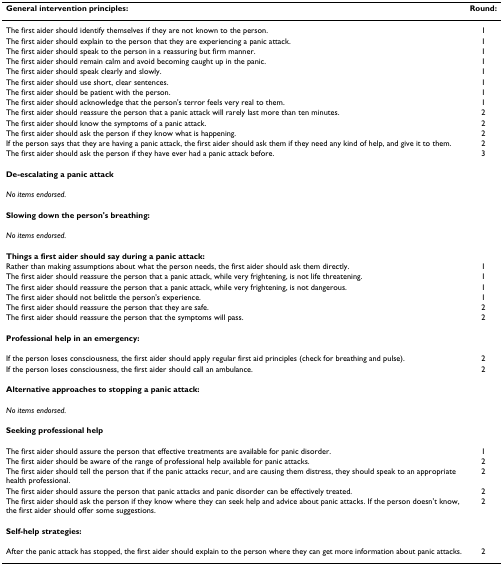
<table><thead><tr><td><b>General intervention principles:</b></td><td><b>Round:</b></td></tr></thead><tbody><tr><td>The first aider should identify themselves if they are not known to the person.</td><td>1</td></tr><tr><td>The first aider should explain to the person that they are experiencing a panic attack.</td><td>1</td></tr><tr><td>The first aider should speak to the person in a reassuring but firm manner.</td><td>1</td></tr><tr><td>The first aider should remain calm and avoid becoming caught up in the panic.</td><td>1</td></tr><tr><td>The first aider should speak clearly and slowly.</td><td>1</td></tr><tr><td>The first aider should use short, clear sentences.</td><td>1</td></tr><tr><td>The first aider should be patient with the person.</td><td>1</td></tr><tr><td>The first aider should acknowledge that the person's terror feels very real to them.</td><td>1</td></tr><tr><td>The first aider should reassure the person that a panic attack will rarely last more than ten minutes.</td><td>2</td></tr><tr><td>The first aider should know the symptoms of a panic attack.</td><td>2</td></tr><tr><td>The first aider should ask the person if they know what is happening.</td><td>2</td></tr><tr><td>If the person says that they are having a panic attack, the first aider should ask them if they need any kind of help, and give it to them.</td><td>2</td></tr><tr><td>The first aider should ask the person if they have ever had a panic attack before.</td><td>3</td></tr><tr><td><b>De-escalating a panic attack</b></td><td>[EMPTY_CELL]</td></tr><tr><td><i>No items endorsed.</i></td><td>[EMPTY_CELL]</td></tr><tr><td><b>Slowing down the person's breathing:</b></td><td>[EMPTY_CELL]</td></tr><tr><td><i>No items endorsed.</i></td><td>[EMPTY_CELL]</td></tr><tr><td><b>Things a first aider should say during a panic attack:</b></td><td>[EMPTY_CELL]</td></tr><tr><td>Rather than making assumptions about what the person needs, the first aider should ask them directly.</td><td>1</td></tr><tr><td>The first aider should reassure the person that a panic attack, while very frightening, is not life threatening.</td><td>1</td></tr><tr><td>The first aider should reassure the person that a panic attack, while very frightening, is not dangerous.</td><td>1</td></tr><tr><td>The first aider should not belittle the person's experience.</td><td>1</td></tr><tr><td>The first aider should reassure the person that they are safe.</td><td>2</td></tr><tr><td>The first aider should reassure the person that the symptoms will pass.</td><td>2</td></tr><tr><td><b>Professional help in an emergency:</b></td><td>[EMPTY_CELL]</td></tr><tr><td>If the person loses consciousness, the first aider should apply regular first aid principles (check for breathing and pulse).</td><td>2</td></tr><tr><td>If the person loses consciousness, the first aider should call an ambulance.</td><td>2</td></tr><tr><td><b>Alternative approaches to stopping a panic attack:</b></td><td>[EMPTY_CELL]</td></tr><tr><td><i>No items endorsed.</i></td><td>[EMPTY_CELL]</td></tr><tr><td><b>Seeking professional help</b></td><td>[EMPTY_CELL]</td></tr><tr><td>The first aider should assure the person that effective treatments are available for panic disorder.</td><td>1</td></tr><tr><td>The first aider should be aware of the range of professional help available for panic attacks.</td><td>2</td></tr><tr><td>The first aider should tell the person that if the panic attacks recur, and are causing them distress, they should speak to an appropriate health professional.</td><td>2</td></tr><tr><td>The first aider should assure the person that panic attacks and panic disorder can be effectively treated.</td><td>2</td></tr><tr><td>The first aider should ask the person if they know where they can seek help and advice about panic attacks. If the person doesn't know, the first aider should offer some suggestions.</td><td>2</td></tr><tr><td><b>Self-help strategies:</b></td><td>[EMPTY_CELL]</td></tr><tr><td>After the panic attack has stopped, the first aider should explain to the person where they can get more information about panic attacks.</td><td>2</td></tr></tbody></table>